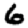
Digit: 6